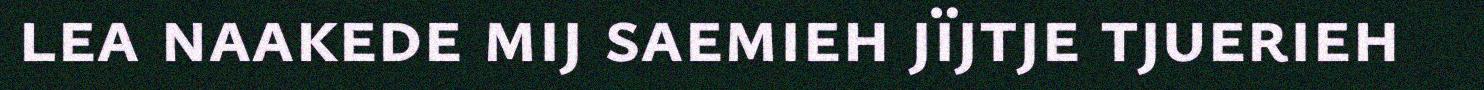
lea naakede mij saemieh jïjtje tjuerieh